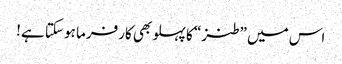
اس میں ”طنز“ کا پہلو بھی کارفرما ہو سکتا ہے!